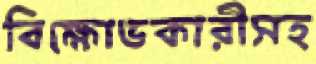
বিক্ষোভকারীসহ